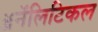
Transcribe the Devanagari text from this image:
ॲनॅलिटिकल